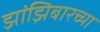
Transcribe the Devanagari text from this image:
झांझिबारच्या